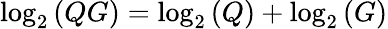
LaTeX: \log_{2}{(QG)}=\log_{2}{(Q)}+\log_{2}{(G)}